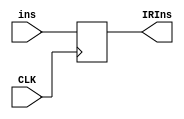
`timescale 1ns / 1ps
module IR(
  input CLK,
  input [31:0] ins,
  //input Flash, //enable IRIns to change
  output reg[31:0] IRIns
  );
  
  always@(posedge CLK)
  begin
    //if(~Flash)
    //  begin
        IRIns <= ins;
    //  end
    /*
    else
      begin
        IRIns <= 31'b0;
      end
      */
  end
endmodule